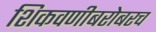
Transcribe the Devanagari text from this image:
शिकवणीबरोबरच